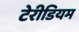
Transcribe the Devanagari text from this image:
टेरीडियम